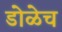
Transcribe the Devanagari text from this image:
डोळेच